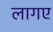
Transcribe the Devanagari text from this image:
लागए